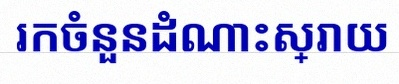
រកចំនួនដំណោះស្រាយ